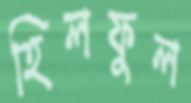
হিলফুল